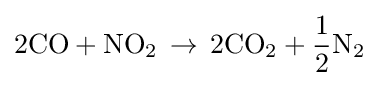
2{\text{CO}}+{\text{NO}}_{2}\,\rightarrow \,2{\text{CO}}_{2}+{\frac {1}{2}}{\text{N}}_{2}